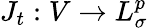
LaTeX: J_{t}:V\to L_{\sigma}^{p}